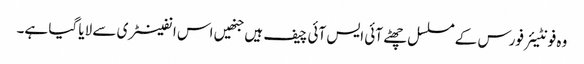
وہ فونٹیئر فورس کے مسلسل چھٹے آئی ایس آئی چیف ہیں جنھیں اس انفینٹری سے لایا گیا ہے۔